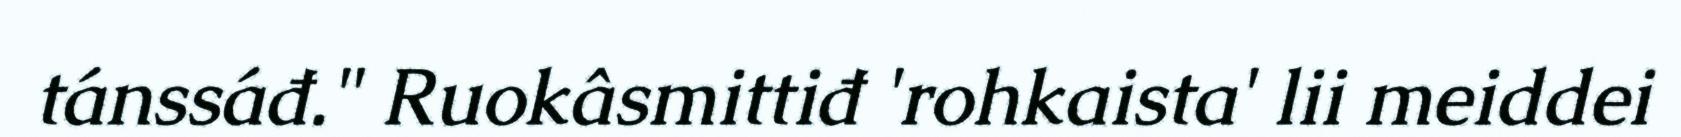
tánssáđ." Ruokâsmittiđ 'rohkaista' lii meiddei